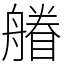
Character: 䒅